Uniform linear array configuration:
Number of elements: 24
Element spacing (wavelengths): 0.5
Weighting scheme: exponential
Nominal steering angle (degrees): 45
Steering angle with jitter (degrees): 43.253
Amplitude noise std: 0.05
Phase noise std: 0.05

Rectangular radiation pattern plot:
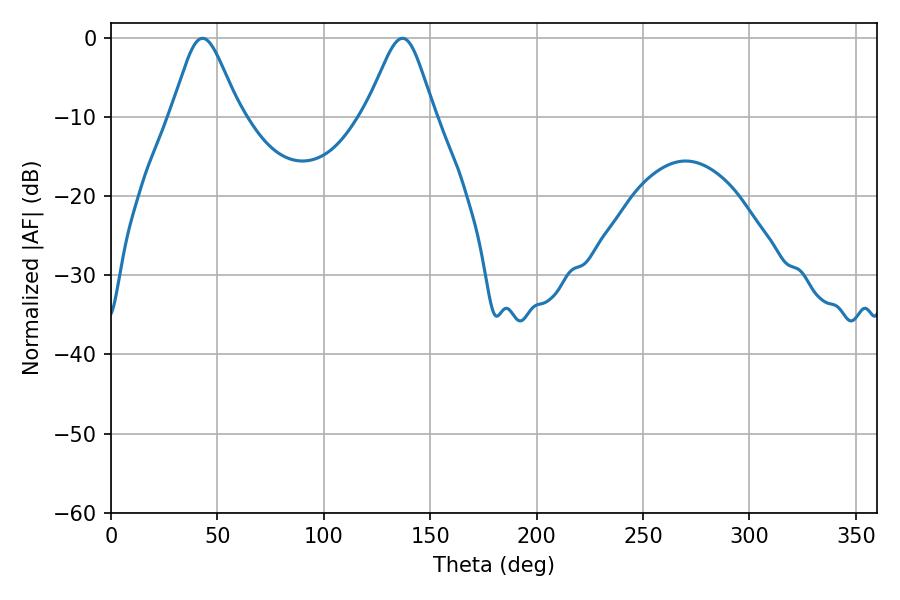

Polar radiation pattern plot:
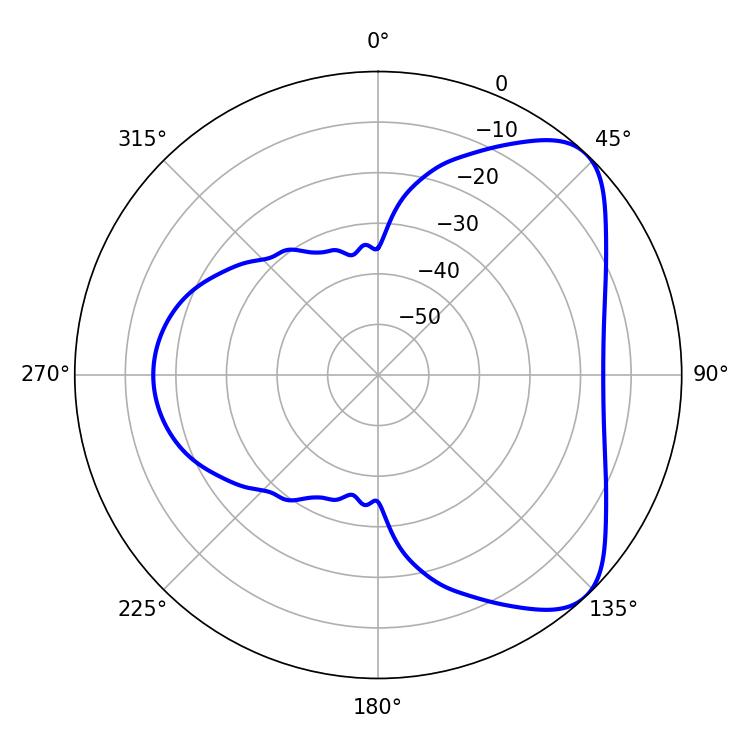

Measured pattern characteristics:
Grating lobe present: FALSE
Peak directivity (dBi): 6.368
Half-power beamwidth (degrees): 15.84
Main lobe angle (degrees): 43.02